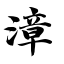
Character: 漳